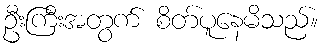
ဦးကြီးအတွက် စိတ်ပူနေမိသည်။